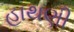
હાથણી